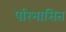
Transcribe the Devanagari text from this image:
परिभासित